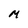
Character: M